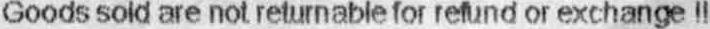
GOODS SOLD ARE NOT RETURNABLE FOR REFUND OR EXCHANGE !!